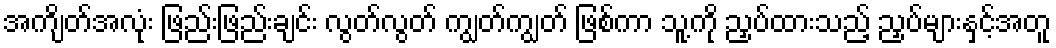
အကျိတ်အလုံး ဖြည်းဖြည်းချင်း လွတ်လွတ် ကျွတ်ကျွတ် ဖြစ်ကာ သူ့ကို ညှပ်ထားသည့် ညှပ်များနှင့်အတူ